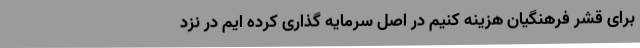
برای قشر فرهنگیان هزینه کنیم در اصل سرمایه گذاری کرده ایم در نزد